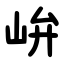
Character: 峅